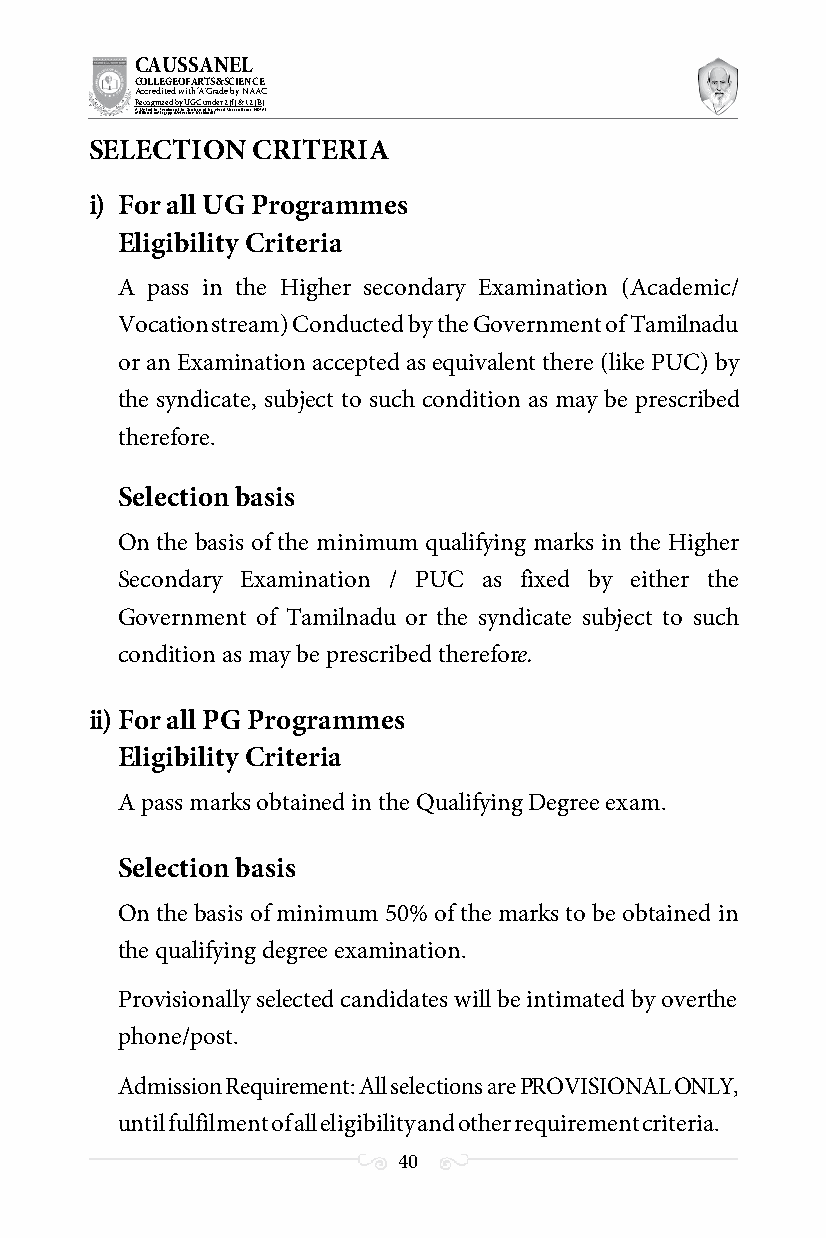
CAUSSANEL
 COLLEGE OF ARTS & SCIENCE
 Accredited with ‘A’ Grade by NAAC
 Recognized by UGC under 2 (f) & 12 (B)
 ((AA fUfilniaitt eodf ttoh eA Ilnasgtaitpuptae oUfn tihvee rBsirtoy,t hKerasr aoifk uthdei )S acred Heart of Jesus, INDIA)
 SELECTION  CRITERIA
 i) For all UG Programmes
 Eligibility Criteria
 A pass in the Higher secondary Examination (Academic/
 Vocation stream) Conducted by the Government of Tamilnadu
 or an Examination accepted as equivalent there (like PUC) by
 the syndicate, subject to such condition as may be prescribed
 therefore.
 Selection basis
 On the basis of the minimum qualifying marks in the Higher
 Secondary Examination / PUC as fixed by either the
 Government of Tamilnadu or the syndicate subject to such
 condition as may be prescribed therefore.
 ii) For all PG Programmes
 Eligibility Criteria
 A pass marks obtained in the Qualifying Degree exam.
 Selection basis
 On the basis of minimum 50% of the marks to be obtained in
 the qualifying degree examination.
 Provisionally selected candidates will be intimated by over the
 phone/post.
 Admission Requirement: All selections are PROVISIONAL ONLY,
 until fulfilment of all eligibility and other requirement criteria.
 40